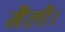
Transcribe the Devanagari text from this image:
मैली।